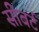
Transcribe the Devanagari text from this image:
सीबर्ट